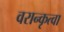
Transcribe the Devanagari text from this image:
वरान्कृत्वा